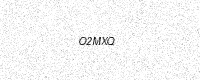
Text: O2MXQ